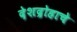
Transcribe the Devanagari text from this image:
देशद्रोहाचे